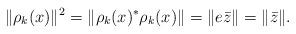
LaTeX: \begin{align*} \|\rho_k(x)\|^2=\|\rho_k(x)^*\rho_k(x)\|=\|e\bar{z}\|=\|\bar{z}\|.\end{align*}